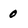
Character: 0